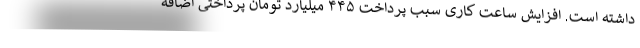
داشته است. افزایش ساعت کاری سبب پرداخت ۴۴۵ میلیارد تومان پرداختی اضافه